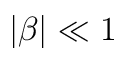
\left| \beta \right| \ll 1